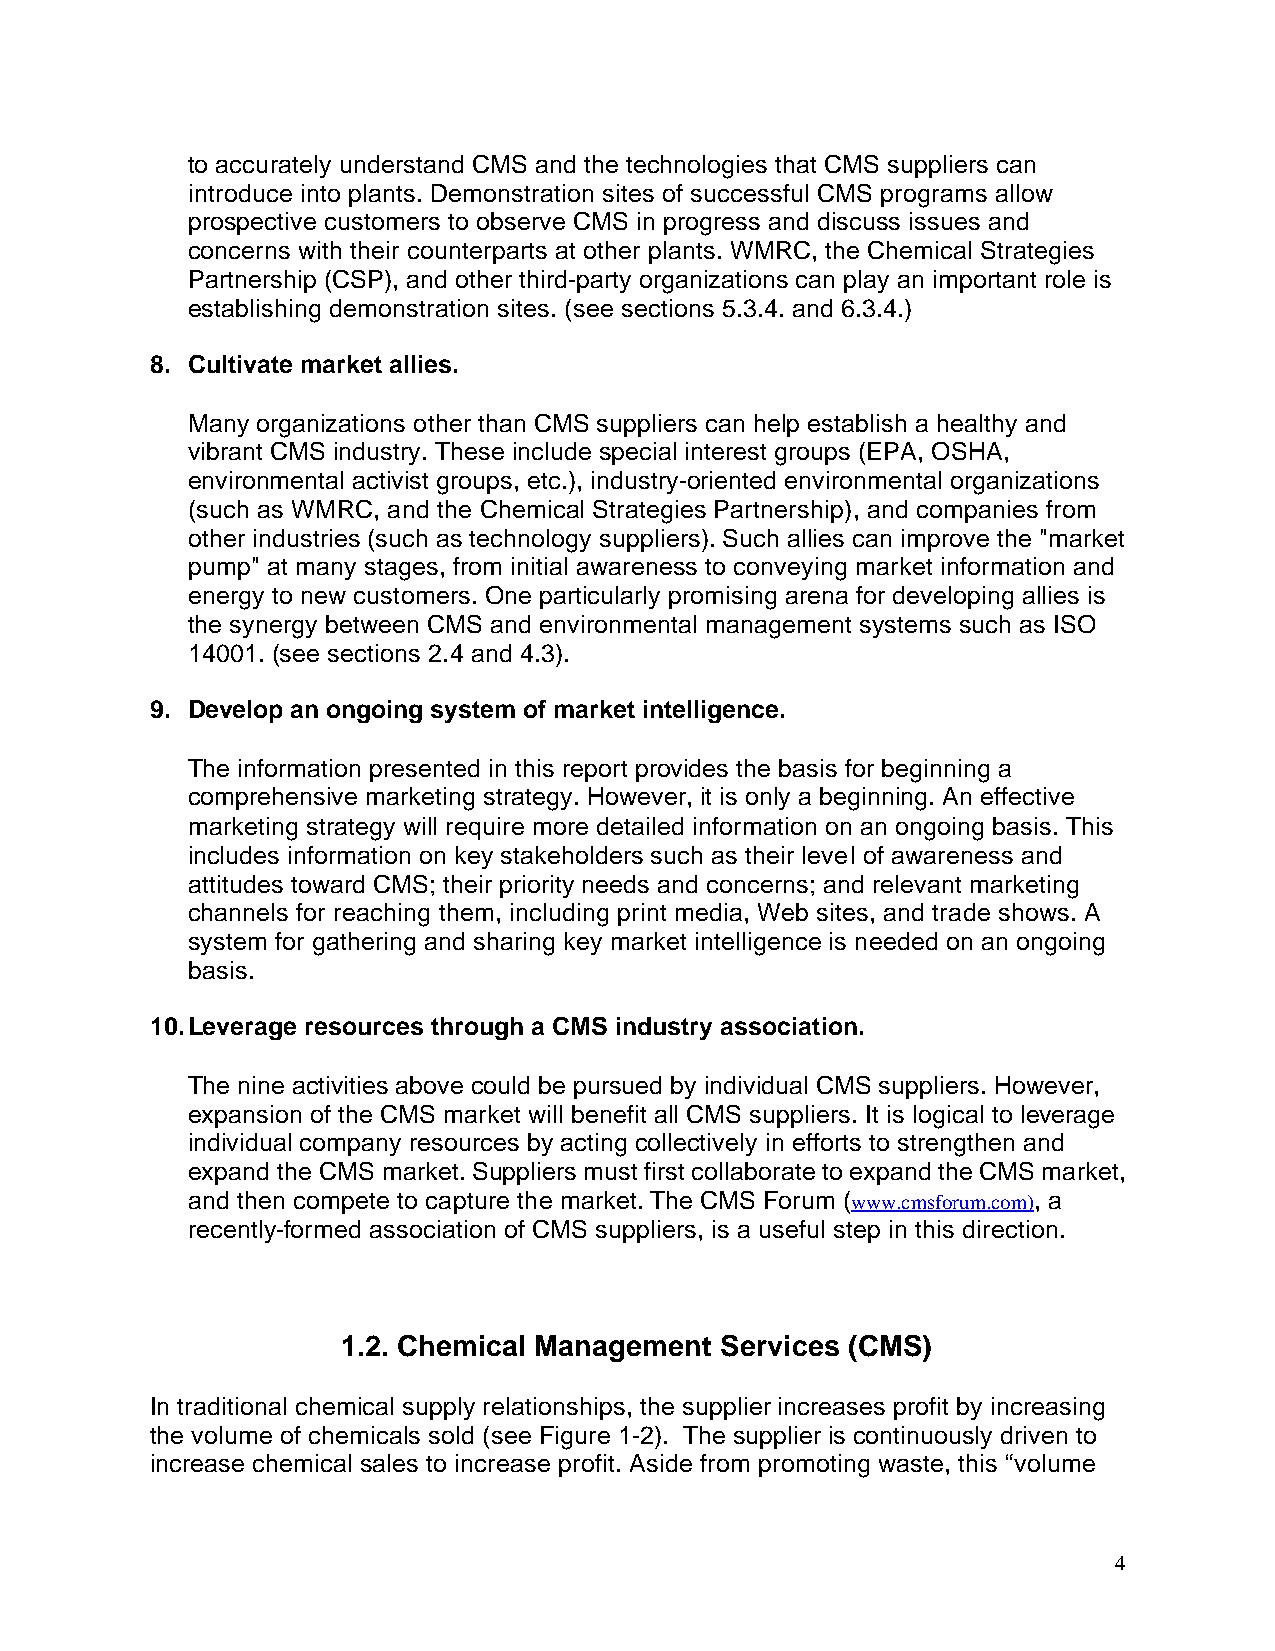
to accurately understand CMS and the technologies that CMS suppliers can
 introduce into plants. Demonstration sites of successful CMS programs allow
 prospective customers to observe CMS in progress and discuss issues and
 concerns with their counterparts at other plants. WMRC, the Chemical Strategies
 Partnership (CSP), and other third-party organizations can play an important role is
 establishing demonstration sites. (see sections 5.3.4. and 6.3.4.)
 8. Cultivate market allies.
 Many organizations other than CMS suppliers can help establish a healthy and
 vibrant CMS industry. These include special interest groups (EPA, OSHA,
 environmental activist groups, etc.), industry-oriented environmental organizations
 (such as WMRC, and the Chemical Strategies Partnership), and companies from
 other industries (such as technology suppliers). Such allies can improve the "market
 pump" at many stages, from initial awareness to conveying market information and
 energy to new customers. One particularly promising arena for developing allies is
 the synergy between CMS and environmental management systems such as ISO
 14001. (see sections 2.4 and 4.3).
 9. Develop an ongoing system of market intelligence.
 The information presented in this report provides the basis for beginning a
 comprehensive marketing strategy. However, it is only a beginning. An effective
 marketing strategy will require more detailed information on an ongoing basis. This
 includes information on key stakeholders such as their level of awareness and
 attitudes toward CMS; their priority needs and concerns; and relevant marketing
 channels for reaching them, including print media, Web sites, and trade shows. A
 system for gathering and sharing key market intelligence is needed on an ongoing
 basis.
 10. Leverage resources through a CMS industry association.
 The nine activities above could be pursued by individual CMS suppliers. However,
 expansion of the CMS market will benefit all CMS suppliers. It is logical to leverage
 individual company resources by acting collectively in efforts to strengthen and
 expand the CMS market. Suppliers must first collaborate to expand the CMS market,
 and then compete to capture the market. The CMS Forum (www.cmsforum.com), a
 recently-formed association of CMS suppliers, is a useful step in this direction.
 1.2. Chemical Management Services (CMS)
 In traditional chemical supply relationships, the supplier increases profit by increasing
 the volume of chemicals sold (see Figure 1-2). The supplier is continuously driven to
 increase chemical sales to increase profit. Aside from promoting waste, this “volume
 4